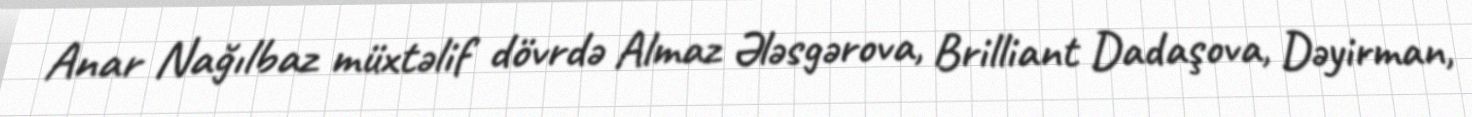
Anar Nağılbaz müxtəlif dövrdə Almaz Ələsgərova, Brilliant Dadaşova, Dəyirman,